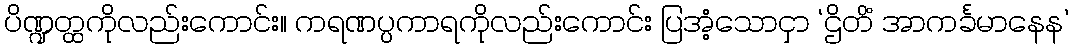
ပိဏ္ဍတ္ထကိုလည်းကောင်း။ ကရဏပ္ပကာရကိုလည်းကောင်း ပြအံ့သောငှာ ‘ဌိတိံ အာကင်္ခမာနေန’